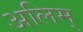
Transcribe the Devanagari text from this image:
अलिम्